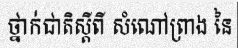
ថ្នាក់ជាតិស្តីពី សំណៅព្រាង នៃ